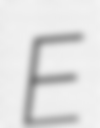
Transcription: E